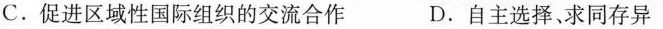
C.促进区域性国际组织的交流合作 D.自主选择、求同存异